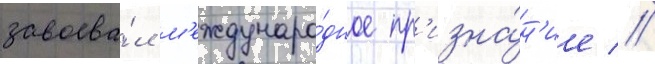
завоева́л м'еждунаро́дное пр'изна́н'ие //